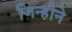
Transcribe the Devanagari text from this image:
जिन्हीने